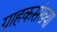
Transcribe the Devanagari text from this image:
ग्राहकसंख्या